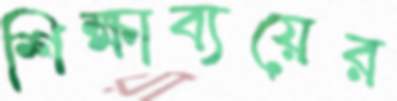
শিক্ষাব্যয়ের